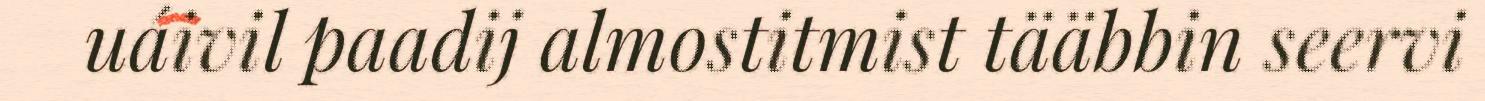
uáivil paadij almostitmist tääbbin seervi